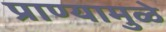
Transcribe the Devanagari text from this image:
प्राण्यामुळे